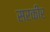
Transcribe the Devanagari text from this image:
सरकीर